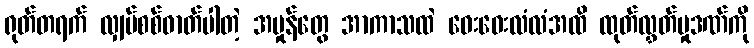
ရုတ်တရက် လျှပ်စစ်ဓာတ်ပါတဲ့ အမှုန်တွေ အာကာသထဲ ဝေးဝေးလံလံအထိ ထုတ်လွှတ်မှုဒဏ်ကို